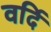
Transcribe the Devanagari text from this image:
वर्दि